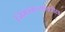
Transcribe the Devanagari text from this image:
जिमखान्यावरील